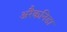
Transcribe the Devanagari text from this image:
अरैकनिडा